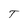
Character: T